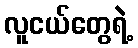
လူငယ်တွေရဲ့